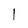
Character: l